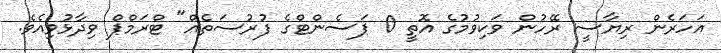
އަހަރެން ރިޔާސީ ރޭހުން ވަކިވުމުގެ އޮތީ 0 ޕަސެންޓްގެ ފުރުސަތެއް" ޓްރަމްޕް ވިދާޅުވިއެވެ.